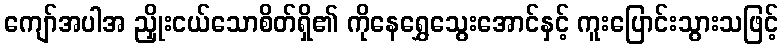
ကျော်အပါအ ညှိုးငယ်သောစိတ်ရှိ၏ ကိုနေရွှေသွေးအောင်နှင့် ကူးပြောင်းသွားသဖြင့်